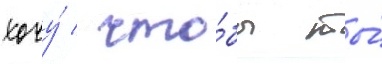
хочу́ / что́бы ты́